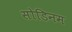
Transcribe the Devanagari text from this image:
सोडिनम